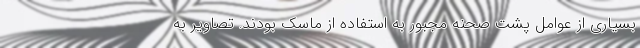
بسیاری از عوامل پشت صحنه مجبور به استفاده از ماسک بودند. تصاویر به